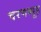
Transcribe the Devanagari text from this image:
चरणब्यूह